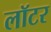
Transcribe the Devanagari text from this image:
लॉटर